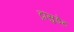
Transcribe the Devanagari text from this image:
ट्रांसुडेट